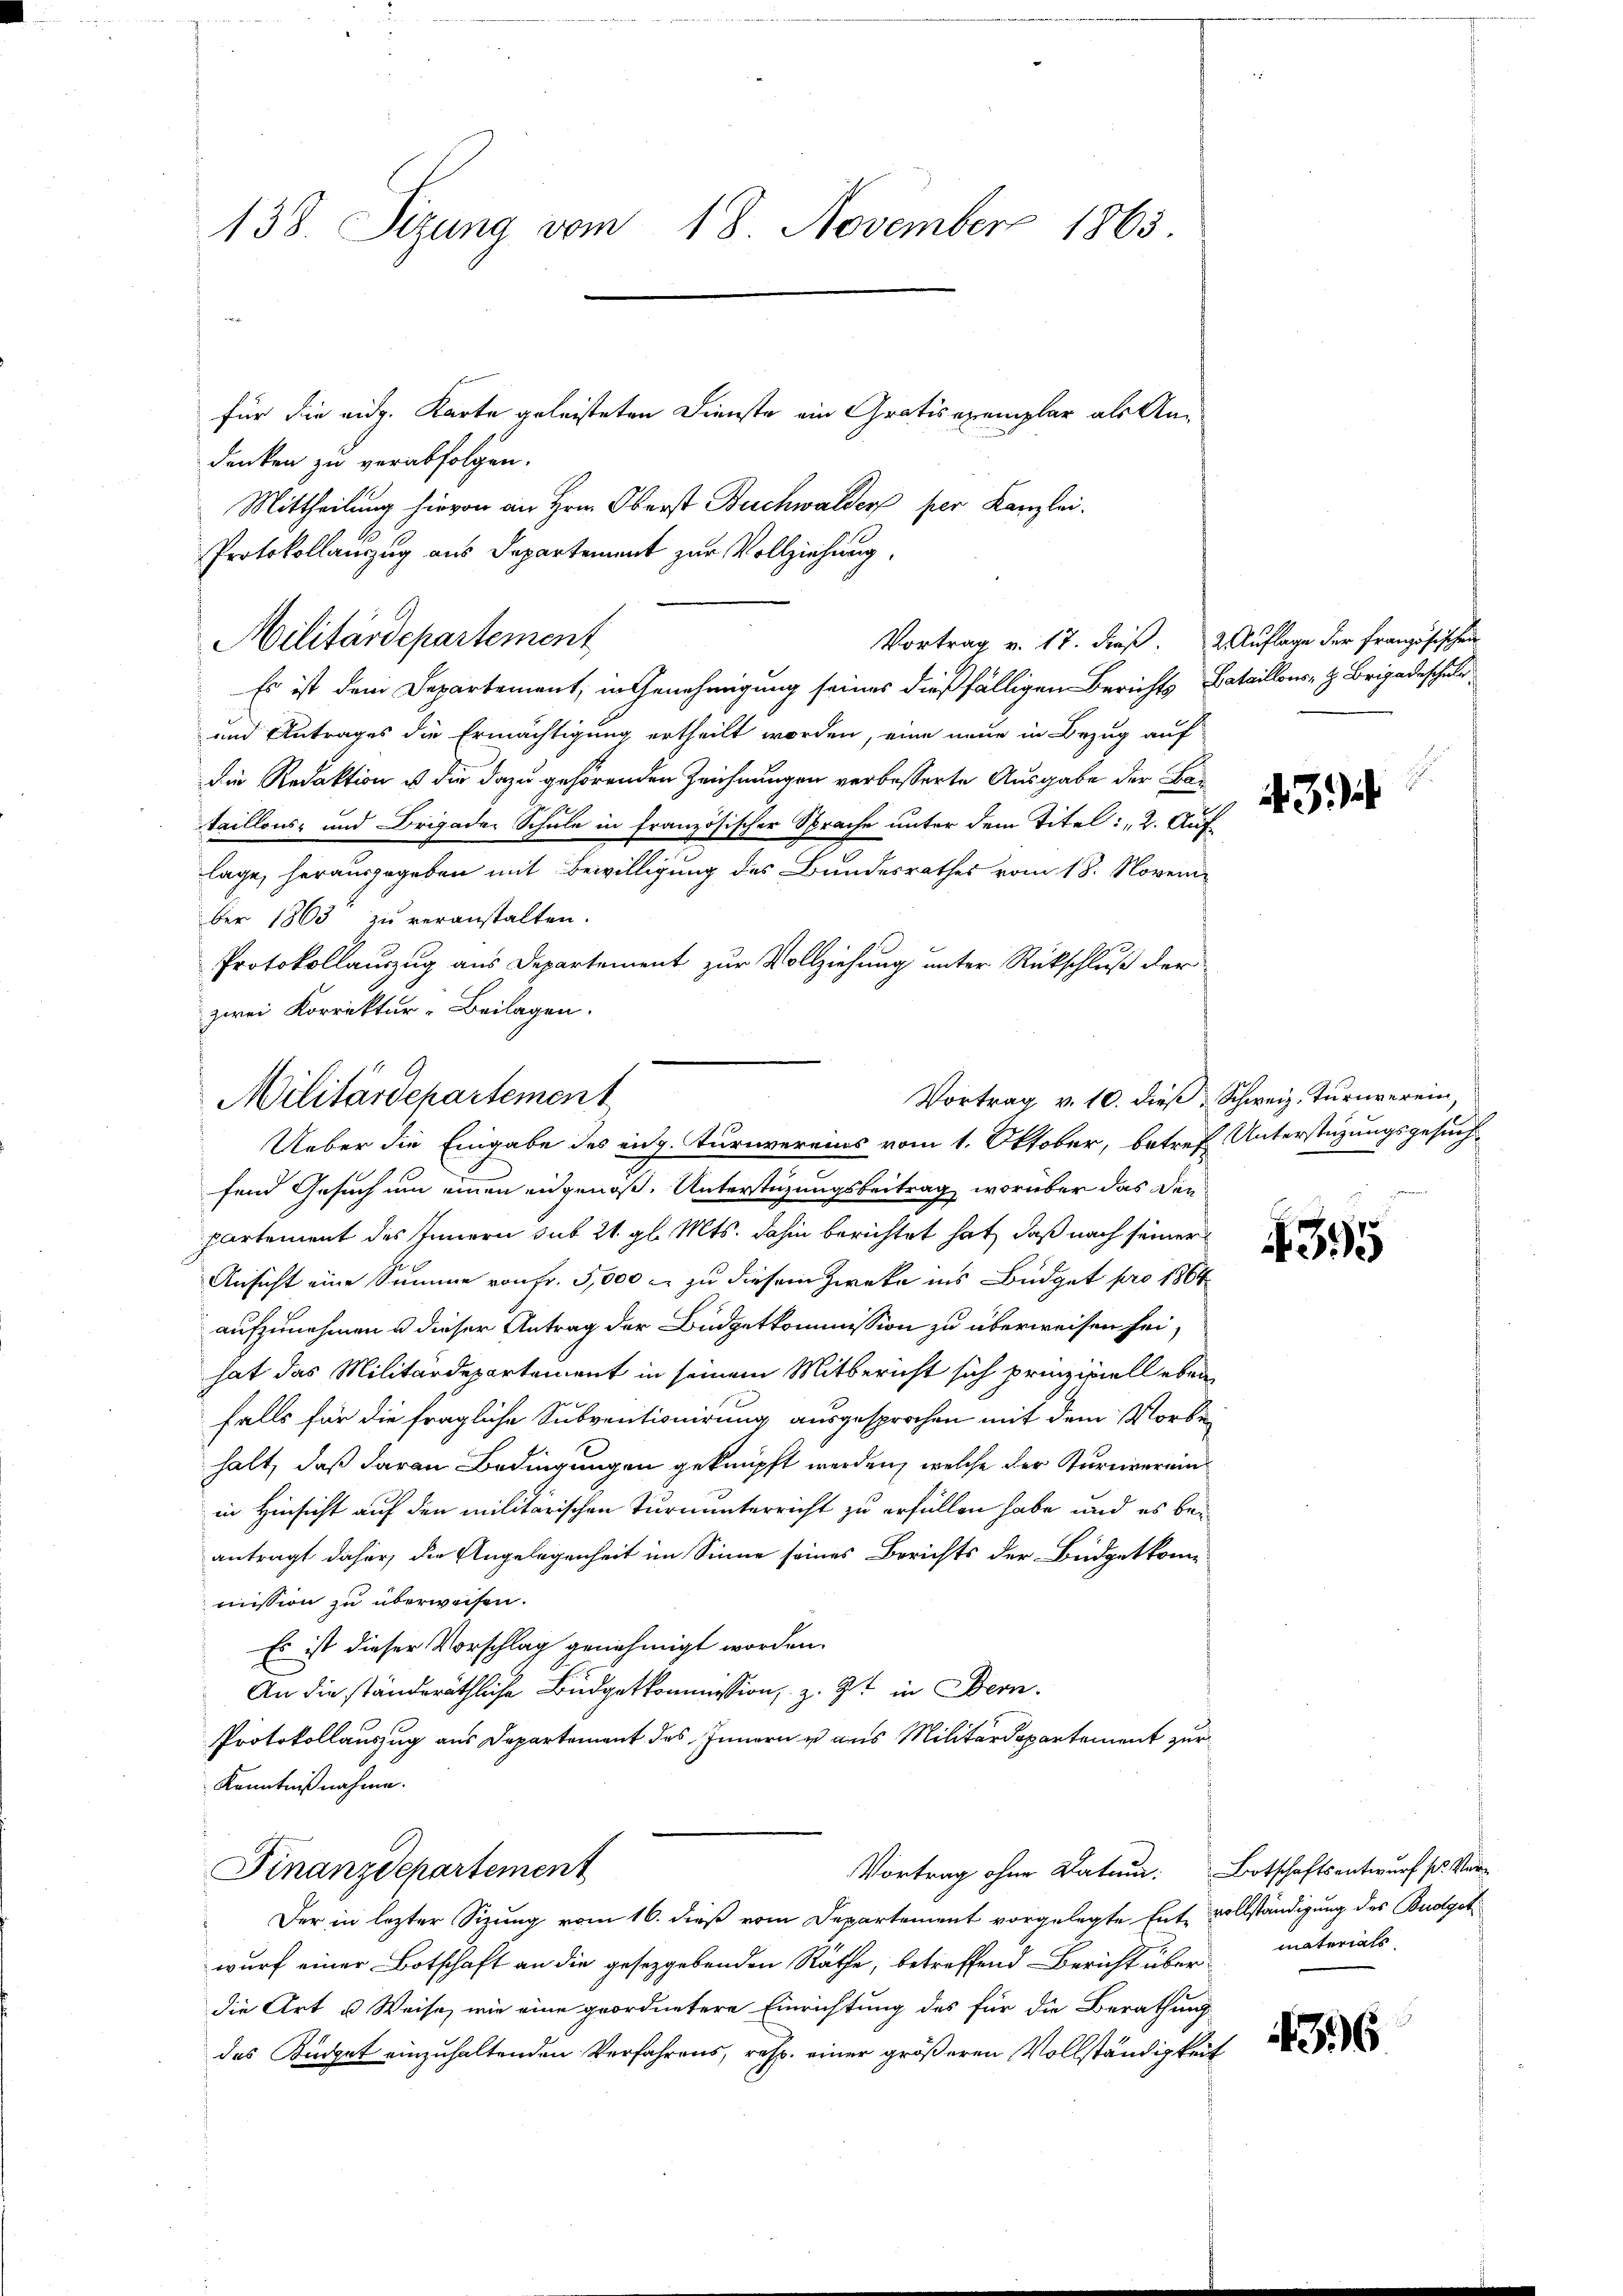
138. Sizung vom 18. November 1863
für die eidg. Karte geleisteten Dienste ein Gratisexemplar als Andenken zu verabfolgen.

Es ist dem Departement, in Genehmigung seines dießfälligen Berichts Bataillons z. Brigadeschuld
und Antrages die Ermächtigung ertheilt worden, eine neue in Bezug auf
die Redaktion u die dazu gehörenden Zeichnungen verbesserte Ausgabe der Bataillons- und Brigader Schule in französischer Sprache unter dem Titel: 2. Auflage, herausgegeben mit Bewilligung des Bundesrathes vom 18. November 1863 zu veranstalten.
Protokollauszug aus Departement zur Vollziehung unter Rückschluß der
zwei Korrektur-Beilagen.

Militärdepartement
Vortrag v. 10. dieß
Ueber die Eingabe des eidg. Turnvereins vom 1. Oktober, betref Unterstüzungsgesuch¬

Mittheilung hievon an Hrn. Oberst Buchwalder per Kanzlei.
Protokollauszug aus Departement zur Vollziehung,
Militärdepartement
Vortrag v. 17. dieß. 2. Auflage der Französischen

fend Gesuch um einen eidgenoß. Unterstüzungsbeitrag, worüber das diepartement des Innern sub 21. gl. Mts. dahin berichtet hat, daß nach seiner
Ansicht eine Summe von Fr. 5,000 r. zu diesem Zweke ins Büdget pro 1864
aufzunehmen u dieser Antrag der Büdgetkommission zu überweisen sei,
hat das Militärdepartement in seinem Mitbericht sich prinzipiell eben
falls für die fragliche Subventionirung ausgesprochen mit dem Vorbehalt, daß daran Bedingungen geknüpft werden, welche der Turnvereinin Hinsicht auf den militarischen Turnunterricht zu erfüllen habe und es beantragt daher, die Angelegenheit im Sinne seines Berichts der Büdgetkom-
mission zu überweisen.
Es ist dieser Vorschlag genehmigt worden.
An die ständeräthliche Büdgetkommission, z. B. in Bern.
Protokollauszug aus Departement des Innern u aus Militärdepartement zur
Kenntnißnahme.
Finanzdepartement
Vortrag ohne Datum: Botschaftsentwurf st. Ver
Der in lezter Sizung vom 16. dieß vom Departement vorgelegte Entvollständigung des Budget
wurf einer Botschaft an die gesetzgebenden Räthe, betreffend Bericht über materials
die Art u. Weise, wie eine geordnetere Einrichtung des für die Berathung
das Küdget einzuhaltenden Verfahrens, resp. einer größeren Vollständigkeit

3

Schweiz. Turnverein,

4395

436